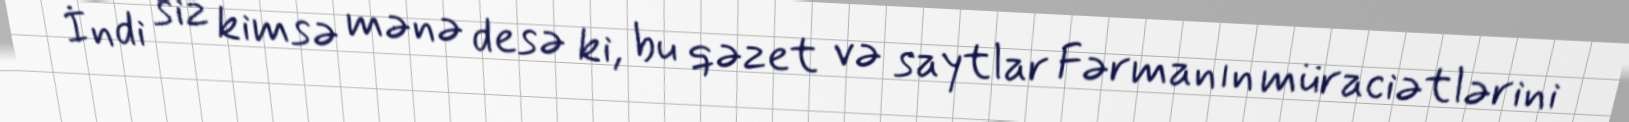
İndi siz kimsə mənə desə ki, bu qəzet və saytlar Fərmanın müraciətlərini